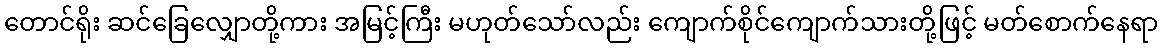
တောင်ရိုး ဆင်ခြေလျှောတို့ကား အမြင့်ကြီး မဟုတ်သော်လည်း ကျောက်စိုင်ကျောက်သားတို့ဖြင့် မတ်စောက်နေရာ